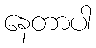
နေတာပါ